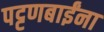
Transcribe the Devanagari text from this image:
पट्टणबाईंना